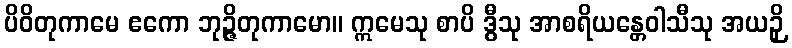
ပိဝိတုကာမေ ဧကော ဘုဉ္ဇိတုကာမော။ ဣမေသု စာပိ ဒွီသု အာစရိယန္တေဝါသီသု အယဉှိ